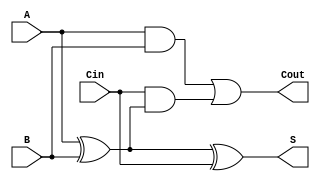
module full_adder (
    input wire A,      // First binary input
    input wire B,      // Second binary input
    input wire Cin,    // Carry-in input
    output wire S,     // Sum output
    output wire Cout   // Carry-out output
);

// Internal signals for intermediate calculations
wire A_xor_B;

// Sum calculation
assign A_xor_B = A ^ B; // A XOR B
assign S = A_xor_B ^ Cin; // S = (A XOR B) XOR Cin

// Carry-out calculation
assign Cout = (A & B) | (Cin & A_xor_B); // Cout = (A AND B) OR (Cin AND (A XOR B))

endmodule